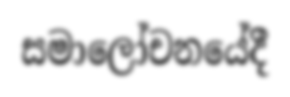
සමාලෝචනයේදී